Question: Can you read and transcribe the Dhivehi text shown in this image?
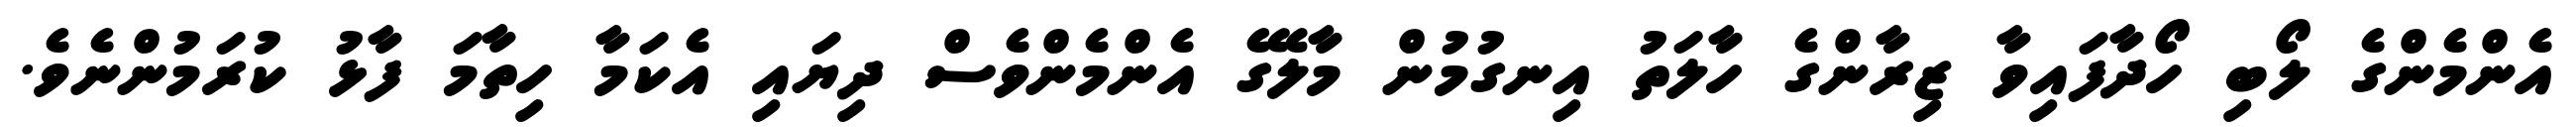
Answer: އެންމެންގެ ލޯބި ހޯދާފައިވާ ޒިރާންގެ ހާލަތު އިނގުމުން މާލޭގެ އެންމެންވެސް ދިޔައި އެކަމާ ހިތާމަ ފާޅު ކުރަމުންނެވެ.